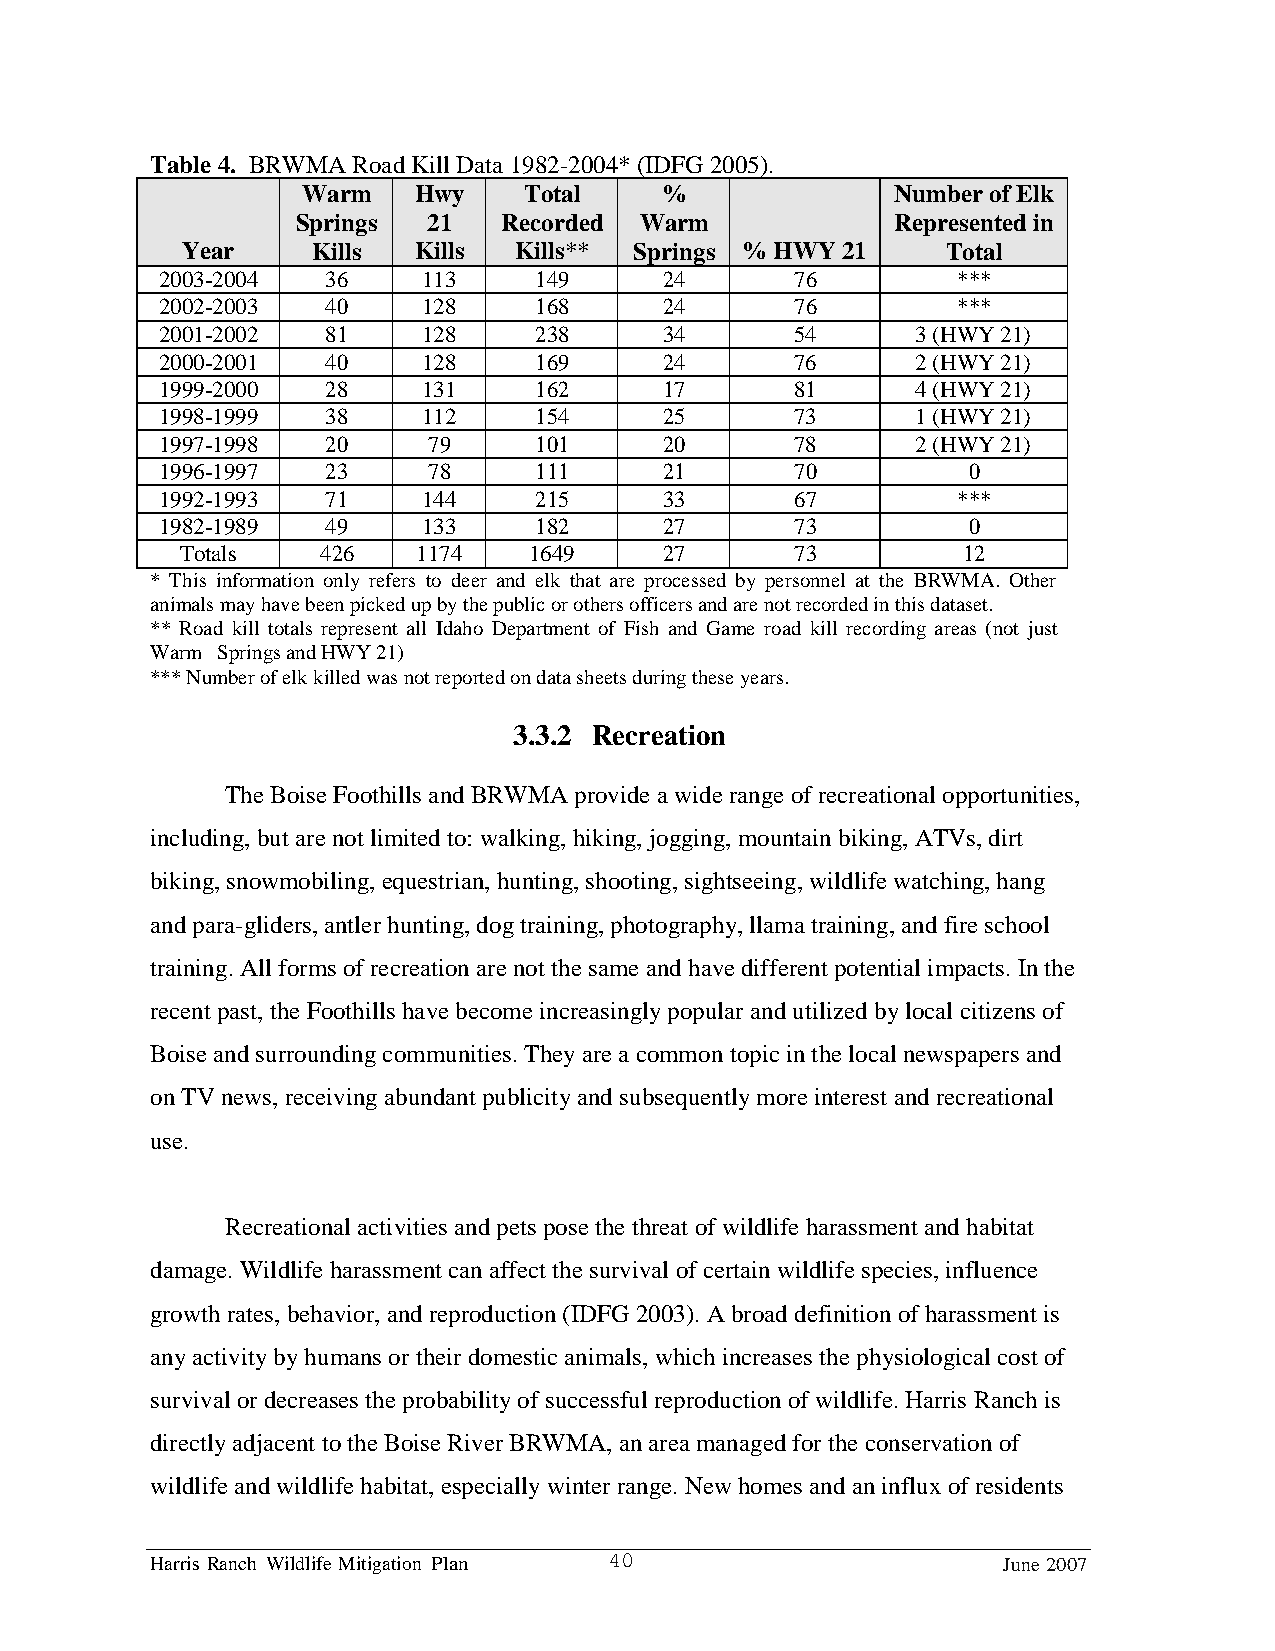
Table 4. BRWMA Road Kill Data 1982-2004* (IDFG 2005).
 Warm   Hwy     Total    %              Number of Elk
 Springs 21   Recorded Warm             Represented in
 Year     Kills Kills  Kills** Springs % HWY 21     Total
 2003-2004   36    113    149      24       76        ***
 2002-2003   40    128    168      24       76        ***
 2001-2002   81    128    238      34       54      3 (HWY 21)
 2000-2001   40    128    169      24       76      2 (HWY 21)
 1999-2000   28    131    162      17       81      4 (HWY 21)
 1998-1999   38    112    154      25       73      1 (HWY 21)
 1997-1998   20    79     101      20       78      2 (HWY 21)
 1996-1997   23    78     111      21       70         0
 1992-1993   71    144    215      33       67        ***
 1982-1989   49    133    182      27       73         0
 Totals   426    1174   1649     27       73         12
 * This information only refers to deer and elk that are processed by personnel at the BRWMA. Other
 animals may have been picked up by the public or others officers and are not recorded in this dataset.
 ** Road kill totals represent all Idaho Department of Fish and Game road kill recording areas (not just
 Warm Springs and HWY 21)
 *** Number of elk killed was not reported on data sheets during these years.
 3.3.2 Recreation
 The Boise Foothills and BRWMA provide a wide range of recreational opportunities,
 including, but are not limited to: walking, hiking, jogging, mountain biking, ATVs, dirt
 biking, snowmobiling, equestrian, hunting, shooting, sightseeing, wildlife watching, hang
 and para-gliders, antler hunting, dog training, photography, llama training, and fire school
 training. All forms of recreation are not the same and have different potential impacts. In the
 recent past, the Foothills have become increasingly popular and utilized by local citizens of
 Boise and surrounding communities. They are a common topic in the local newspapers and
 on TV news, receiving abundant publicity and subsequently more interest and recreational
 use.
 Recreational activities and pets pose the threat of wildlife harassment and habitat
 damage. Wildlife harassment can affect the survival of certain wildlife species, influence
 growth rates, behavior, and reproduction (IDFG 2003). A broad definition of harassment is
 any activity by humans or their domestic animals, which increases the physiological cost of
 survival or decreases the probability of successful reproduction of wildlife. Harris Ranch is
 directly adjacent to the Boise River BRWMA, an area managed for the conservation of
 wildlife and wildlife habitat, especially winter range. New homes and an influx of residents
 Harris Ranch Wildlife Mitigation Plan 40                June 2007